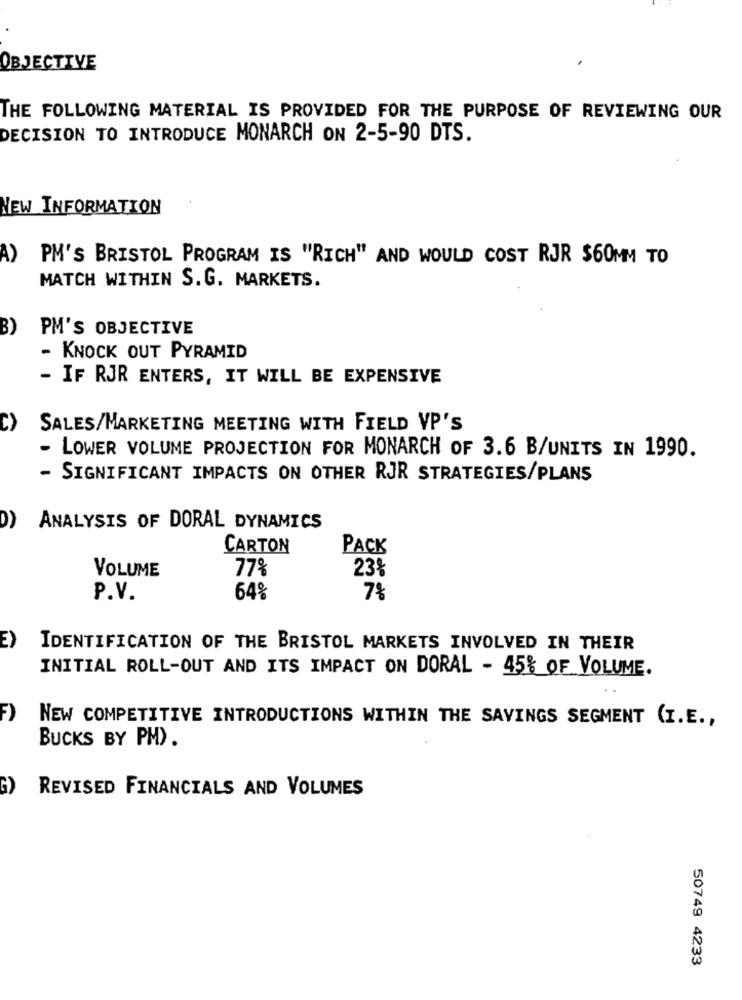
OBJECTIVE
THE FOLLOWING MATERIAL IS PROVIDED FOR THE PURPOSE OF REVIEWING OUR
DECISION TO INTRODUCE MONARCH ON 2-5-90 DTS.
NEW INFORMATION
A)
PM'S BRISTOL PROGRAM IS "RICH" AND WOULD COST RJR $60MM TO
MATCH WITHIN S. G. MARKETS.
B)
PM'S OBJECTIVE
- KNOCK OUT PYRAMID
- IF RJR ENTERS, IT WILL BE EXPENSIVE
C)
SALES/MARKETING MEETING WITH FIELD VP'S
- LOWER VOLUME PROJECTION FOR MONARCH OF 3.6 B/UNITS IN 1990.
- SIGNIFICANT IMPACTS ON OTHER RJR STRATEGIES/PLANS
ANALYSIS OF DORAL DYNAMICS
CARTON
PACK
VOLUME
77%
23%
P.V.
64%
7%
E)
IDENTIFICATION OF THE BRISTOL MARKETS INVOLVED IN THEIR
INITIAL ROLL-OUT AND ITS IMPACT ON DORAL - 45% OF VOLUME.
NEW COMPETITIVE INTRODUCTIONS WITHIN THE SAVINGS SEGMENT (I.E .,
BUCKS BY PM).
REVISED FINANCIALS AND VOLUMES
50749 4233